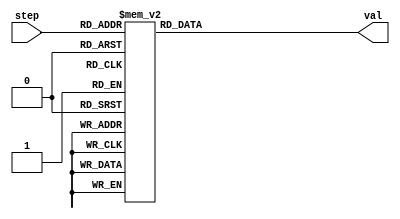
module Sine_LUT ( step, val );
	input [9:0] step;
	output reg [9:0] val;
	always @ (step) begin
		case (step)
			10'd0: val <= 10'd1023;
			10'd1: val <= 10'd1029;
			10'd2: val <= 10'd1036;
			10'd3: val <= 10'd1042;
			10'd4: val <= 10'd1048;
			10'd5: val <= 10'd1054;
			10'd6: val <= 10'd1061;
			10'd7: val <= 10'd1067;
			10'd8: val <= 10'd1073;
			10'd9: val <= 10'd1079;
			10'd10: val <= 10'd1086;
			10'd11: val <= 10'd1092;
			10'd12: val <= 10'd1098;
			10'd13: val <= 10'd1105;
			10'd14: val <= 10'd1111;
			10'd15: val <= 10'd1117;
			10'd16: val <= 10'd1123;
			10'd17: val <= 10'd1130;
			10'd18: val <= 10'd1136;
			10'd19: val <= 10'd1142;
			10'd20: val <= 10'd1148;
			10'd21: val <= 10'd1154;
			10'd22: val <= 10'd1161;
			10'd23: val <= 10'd1167;
			10'd24: val <= 10'd1173;
			10'd25: val <= 10'd1179;
			10'd26: val <= 10'd1186;
			10'd27: val <= 10'd1192;
			10'd28: val <= 10'd1198;
			10'd29: val <= 10'd1204;
			10'd30: val <= 10'd1210;
			10'd31: val <= 10'd1216;
			10'd32: val <= 10'd1223;
			10'd33: val <= 10'd1229;
			10'd34: val <= 10'd1235;
			10'd35: val <= 10'd1241;
			10'd36: val <= 10'd1247;
			10'd37: val <= 10'd1253;
			10'd38: val <= 10'd1259;
			10'd39: val <= 10'd1265;
			10'd40: val <= 10'd1272;
			10'd41: val <= 10'd1278;
			10'd42: val <= 10'd1284;
			10'd43: val <= 10'd1290;
			10'd44: val <= 10'd1296;
			10'd45: val <= 10'd1302;
			10'd46: val <= 10'd1308;
			10'd47: val <= 10'd1314;
			10'd48: val <= 10'd1320;
			10'd49: val <= 10'd1326;
			10'd50: val <= 10'd1332;
			10'd51: val <= 10'd1338;
			10'd52: val <= 10'd1344;
			10'd53: val <= 10'd1350;
			10'd54: val <= 10'd1356;
			10'd55: val <= 10'd1362;
			10'd56: val <= 10'd1368;
			10'd57: val <= 10'd1374;
			10'd58: val <= 10'd1379;
			10'd59: val <= 10'd1385;
			10'd60: val <= 10'd1391;
			10'd61: val <= 10'd1397;
			10'd62: val <= 10'd1403;
			10'd63: val <= 10'd1409;
			10'd64: val <= 10'd1414;
			10'd65: val <= 10'd1420;
			10'd66: val <= 10'd1426;
			10'd67: val <= 10'd1432;
			10'd68: val <= 10'd1438;
			10'd69: val <= 10'd1443;
			10'd70: val <= 10'd1449;
			10'd71: val <= 10'd1455;
			10'd72: val <= 10'd1460;
			10'd73: val <= 10'd1466;
			10'd74: val <= 10'd1472;
			10'd75: val <= 10'd1477;
			10'd76: val <= 10'd1483;
			10'd77: val <= 10'd1489;
			10'd78: val <= 10'd1494;
			10'd79: val <= 10'd1500;
			10'd80: val <= 10'd1505;
			10'd81: val <= 10'd1511;
			10'd82: val <= 10'd1516;
			10'd83: val <= 10'd1522;
			10'd84: val <= 10'd1527;
			10'd85: val <= 10'd1533;
			10'd86: val <= 10'd1538;
			10'd87: val <= 10'd1544;
			10'd88: val <= 10'd1549;
			10'd89: val <= 10'd1554;
			10'd90: val <= 10'd1560;
			10'd91: val <= 10'd1565;
			10'd92: val <= 10'd1570;
			10'd93: val <= 10'd1576;
			10'd94: val <= 10'd1581;
			10'd95: val <= 10'd1586;
			10'd96: val <= 10'd1591;
			10'd97: val <= 10'd1597;
			10'd98: val <= 10'd1602;
			10'd99: val <= 10'd1607;
			10'd100: val <= 10'd1612;
			10'd101: val <= 10'd1617;
			10'd102: val <= 10'd1622;
			10'd103: val <= 10'd1627;
			10'd104: val <= 10'd1632;
			10'd105: val <= 10'd1637;
			10'd106: val <= 10'd1642;
			10'd107: val <= 10'd1647;
			10'd108: val <= 10'd1652;
			10'd109: val <= 10'd1657;
			10'd110: val <= 10'd1662;
			10'd111: val <= 10'd1667;
			10'd112: val <= 10'd1672;
			10'd113: val <= 10'd1677;
			10'd114: val <= 10'd1682;
			10'd115: val <= 10'd1686;
			10'd116: val <= 10'd1691;
			10'd117: val <= 10'd1696;
			10'd118: val <= 10'd1701;
			10'd119: val <= 10'd1705;
			10'd120: val <= 10'd1710;
			10'd121: val <= 10'd1715;
			10'd122: val <= 10'd1719;
			10'd123: val <= 10'd1724;
			10'd124: val <= 10'd1728;
			10'd125: val <= 10'd1733;
			10'd126: val <= 10'd1737;
			10'd127: val <= 10'd1742;
			10'd128: val <= 10'd1746;
			10'd129: val <= 10'd1751;
			10'd130: val <= 10'd1755;
			10'd131: val <= 10'd1760;
			10'd132: val <= 10'd1764;
			10'd133: val <= 10'd1768;
			10'd134: val <= 10'd1773;
			10'd135: val <= 10'd1777;
			10'd136: val <= 10'd1781;
			10'd137: val <= 10'd1785;
			10'd138: val <= 10'd1789;
			10'd139: val <= 10'd1794;
			10'd140: val <= 10'd1798;
			10'd141: val <= 10'd1802;
			10'd142: val <= 10'd1806;
			10'd143: val <= 10'd1810;
			10'd144: val <= 10'd1814;
			10'd145: val <= 10'd1818;
			10'd146: val <= 10'd1822;
			10'd147: val <= 10'd1826;
			10'd148: val <= 10'd1829;
			10'd149: val <= 10'd1833;
			10'd150: val <= 10'd1837;
			10'd151: val <= 10'd1841;
			10'd152: val <= 10'd1845;
			10'd153: val <= 10'd1848;
			10'd154: val <= 10'd1852;
			10'd155: val <= 10'd1856;
			10'd156: val <= 10'd1859;
			10'd157: val <= 10'd1863;
			10'd158: val <= 10'd1867;
			10'd159: val <= 10'd1870;
			10'd160: val <= 10'd1874;
			10'd161: val <= 10'd1877;
			10'd162: val <= 10'd1881;
			10'd163: val <= 10'd1884;
			10'd164: val <= 10'd1887;
			10'd165: val <= 10'd1891;
			10'd166: val <= 10'd1894;
			10'd167: val <= 10'd1897;
			10'd168: val <= 10'd1900;
			10'd169: val <= 10'd1904;
			10'd170: val <= 10'd1907;
			10'd171: val <= 10'd1910;
			10'd172: val <= 10'd1913;
			10'd173: val <= 10'd1916;
			10'd174: val <= 10'd1919;
			10'd175: val <= 10'd1922;
			10'd176: val <= 10'd1925;
			10'd177: val <= 10'd1928;
			10'd178: val <= 10'd1931;
			10'd179: val <= 10'd1934;
			10'd180: val <= 10'd1937;
			10'd181: val <= 10'd1940;
			10'd182: val <= 10'd1942;
			10'd183: val <= 10'd1945;
			10'd184: val <= 10'd1948;
			10'd185: val <= 10'd1950;
			10'd186: val <= 10'd1953;
			10'd187: val <= 10'd1956;
			10'd188: val <= 10'd1958;
			10'd189: val <= 10'd1961;
			10'd190: val <= 10'd1963;
			10'd191: val <= 10'd1966;
			10'd192: val <= 10'd1968;
			10'd193: val <= 10'd1971;
			10'd194: val <= 10'd1973;
			10'd195: val <= 10'd1975;
			10'd196: val <= 10'd1977;
			10'd197: val <= 10'd1980;
			10'd198: val <= 10'd1982;
			10'd199: val <= 10'd1984;
			10'd200: val <= 10'd1986;
			10'd201: val <= 10'd1988;
			10'd202: val <= 10'd1990;
			10'd203: val <= 10'd1992;
			10'd204: val <= 10'd1994;
			10'd205: val <= 10'd1996;
			10'd206: val <= 10'd1998;
			10'd207: val <= 10'd2000;
			10'd208: val <= 10'd2002;
			10'd209: val <= 10'd2004;
			10'd210: val <= 10'd2006;
			10'd211: val <= 10'd2007;
			10'd212: val <= 10'd2009;
			10'd213: val <= 10'd2011;
			10'd214: val <= 10'd2012;
			10'd215: val <= 10'd2014;
			10'd216: val <= 10'd2015;
			10'd217: val <= 10'd2017;
			10'd218: val <= 10'd2018;
			10'd219: val <= 10'd2020;
			10'd220: val <= 10'd2021;
			10'd221: val <= 10'd2022;
			10'd222: val <= 10'd2024;
			10'd223: val <= 10'd2025;
			10'd224: val <= 10'd2026;
			10'd225: val <= 10'd2028;
			10'd226: val <= 10'd2029;
			10'd227: val <= 10'd2030;
			10'd228: val <= 10'd2031;
			10'd229: val <= 10'd2032;
			10'd230: val <= 10'd2033;
			10'd231: val <= 10'd2034;
			10'd232: val <= 10'd2035;
			10'd233: val <= 10'd2036;
			10'd234: val <= 10'd2037;
			10'd235: val <= 10'd2038;
			10'd236: val <= 10'd2038;
			10'd237: val <= 10'd2039;
			10'd238: val <= 10'd2040;
			10'd239: val <= 10'd2040;
			10'd240: val <= 10'd2041;
			10'd241: val <= 10'd2042;
			10'd242: val <= 10'd2042;
			10'd243: val <= 10'd2043;
			10'd244: val <= 10'd2043;
			10'd245: val <= 10'd2044;
			10'd246: val <= 10'd2044;
			10'd247: val <= 10'd2044;
			10'd248: val <= 10'd2045;
			10'd249: val <= 10'd2045;
			10'd250: val <= 10'd2045;
			10'd251: val <= 10'd2046;
			10'd252: val <= 10'd2046;
			10'd253: val <= 10'd2046;
			10'd254: val <= 10'd2046;
			10'd255: val <= 10'd2046;
			10'd256: val <= 10'd2046;
			10'd257: val <= 10'd2046;
			10'd258: val <= 10'd2046;
			10'd259: val <= 10'd2046;
			10'd260: val <= 10'd2046;
			10'd261: val <= 10'd2046;
			10'd262: val <= 10'd2045;
			10'd263: val <= 10'd2045;
			10'd264: val <= 10'd2045;
			10'd265: val <= 10'd2044;
			10'd266: val <= 10'd2044;
			10'd267: val <= 10'd2044;
			10'd268: val <= 10'd2043;
			10'd269: val <= 10'd2043;
			10'd270: val <= 10'd2042;
			10'd271: val <= 10'd2042;
			10'd272: val <= 10'd2041;
			10'd273: val <= 10'd2040;
			10'd274: val <= 10'd2040;
			10'd275: val <= 10'd2039;
			10'd276: val <= 10'd2038;
			10'd277: val <= 10'd2038;
			10'd278: val <= 10'd2037;
			10'd279: val <= 10'd2036;
			10'd280: val <= 10'd2035;
			10'd281: val <= 10'd2034;
			10'd282: val <= 10'd2033;
			10'd283: val <= 10'd2032;
			10'd284: val <= 10'd2031;
			10'd285: val <= 10'd2030;
			10'd286: val <= 10'd2029;
			10'd287: val <= 10'd2028;
			10'd288: val <= 10'd2026;
			10'd289: val <= 10'd2025;
			10'd290: val <= 10'd2024;
			10'd291: val <= 10'd2022;
			10'd292: val <= 10'd2021;
			10'd293: val <= 10'd2020;
			10'd294: val <= 10'd2018;
			10'd295: val <= 10'd2017;
			10'd296: val <= 10'd2015;
			10'd297: val <= 10'd2014;
			10'd298: val <= 10'd2012;
			10'd299: val <= 10'd2011;
			10'd300: val <= 10'd2009;
			10'd301: val <= 10'd2007;
			10'd302: val <= 10'd2006;
			10'd303: val <= 10'd2004;
			10'd304: val <= 10'd2002;
			10'd305: val <= 10'd2000;
			10'd306: val <= 10'd1998;
			10'd307: val <= 10'd1996;
			10'd308: val <= 10'd1994;
			10'd309: val <= 10'd1992;
			10'd310: val <= 10'd1990;
			10'd311: val <= 10'd1988;
			10'd312: val <= 10'd1986;
			10'd313: val <= 10'd1984;
			10'd314: val <= 10'd1982;
			10'd315: val <= 10'd1980;
			10'd316: val <= 10'd1977;
			10'd317: val <= 10'd1975;
			10'd318: val <= 10'd1973;
			10'd319: val <= 10'd1971;
			10'd320: val <= 10'd1968;
			10'd321: val <= 10'd1966;
			10'd322: val <= 10'd1963;
			10'd323: val <= 10'd1961;
			10'd324: val <= 10'd1958;
			10'd325: val <= 10'd1956;
			10'd326: val <= 10'd1953;
			10'd327: val <= 10'd1950;
			10'd328: val <= 10'd1948;
			10'd329: val <= 10'd1945;
			10'd330: val <= 10'd1942;
			10'd331: val <= 10'd1940;
			10'd332: val <= 10'd1937;
			10'd333: val <= 10'd1934;
			10'd334: val <= 10'd1931;
			10'd335: val <= 10'd1928;
			10'd336: val <= 10'd1925;
			10'd337: val <= 10'd1922;
			10'd338: val <= 10'd1919;
			10'd339: val <= 10'd1916;
			10'd340: val <= 10'd1913;
			10'd341: val <= 10'd1910;
			10'd342: val <= 10'd1907;
			10'd343: val <= 10'd1904;
			10'd344: val <= 10'd1900;
			10'd345: val <= 10'd1897;
			10'd346: val <= 10'd1894;
			10'd347: val <= 10'd1891;
			10'd348: val <= 10'd1887;
			10'd349: val <= 10'd1884;
			10'd350: val <= 10'd1881;
			10'd351: val <= 10'd1877;
			10'd352: val <= 10'd1874;
			10'd353: val <= 10'd1870;
			10'd354: val <= 10'd1867;
			10'd355: val <= 10'd1863;
			10'd356: val <= 10'd1859;
			10'd357: val <= 10'd1856;
			10'd358: val <= 10'd1852;
			10'd359: val <= 10'd1848;
			10'd360: val <= 10'd1845;
			10'd361: val <= 10'd1841;
			10'd362: val <= 10'd1837;
			10'd363: val <= 10'd1833;
			10'd364: val <= 10'd1829;
			10'd365: val <= 10'd1826;
			10'd366: val <= 10'd1822;
			10'd367: val <= 10'd1818;
			10'd368: val <= 10'd1814;
			10'd369: val <= 10'd1810;
			10'd370: val <= 10'd1806;
			10'd371: val <= 10'd1802;
			10'd372: val <= 10'd1798;
			10'd373: val <= 10'd1794;
			10'd374: val <= 10'd1789;
			10'd375: val <= 10'd1785;
			10'd376: val <= 10'd1781;
			10'd377: val <= 10'd1777;
			10'd378: val <= 10'd1773;
			10'd379: val <= 10'd1768;
			10'd380: val <= 10'd1764;
			10'd381: val <= 10'd1760;
			10'd382: val <= 10'd1755;
			10'd383: val <= 10'd1751;
			10'd384: val <= 10'd1746;
			10'd385: val <= 10'd1742;
			10'd386: val <= 10'd1737;
			10'd387: val <= 10'd1733;
			10'd388: val <= 10'd1728;
			10'd389: val <= 10'd1724;
			10'd390: val <= 10'd1719;
			10'd391: val <= 10'd1715;
			10'd392: val <= 10'd1710;
			10'd393: val <= 10'd1705;
			10'd394: val <= 10'd1701;
			10'd395: val <= 10'd1696;
			10'd396: val <= 10'd1691;
			10'd397: val <= 10'd1686;
			10'd398: val <= 10'd1682;
			10'd399: val <= 10'd1677;
			10'd400: val <= 10'd1672;
			10'd401: val <= 10'd1667;
			10'd402: val <= 10'd1662;
			10'd403: val <= 10'd1657;
			10'd404: val <= 10'd1652;
			10'd405: val <= 10'd1647;
			10'd406: val <= 10'd1642;
			10'd407: val <= 10'd1637;
			10'd408: val <= 10'd1632;
			10'd409: val <= 10'd1627;
			10'd410: val <= 10'd1622;
			10'd411: val <= 10'd1617;
			10'd412: val <= 10'd1612;
			10'd413: val <= 10'd1607;
			10'd414: val <= 10'd1602;
			10'd415: val <= 10'd1597;
			10'd416: val <= 10'd1591;
			10'd417: val <= 10'd1586;
			10'd418: val <= 10'd1581;
			10'd419: val <= 10'd1576;
			10'd420: val <= 10'd1570;
			10'd421: val <= 10'd1565;
			10'd422: val <= 10'd1560;
			10'd423: val <= 10'd1554;
			10'd424: val <= 10'd1549;
			10'd425: val <= 10'd1544;
			10'd426: val <= 10'd1538;
			10'd427: val <= 10'd1533;
			10'd428: val <= 10'd1527;
			10'd429: val <= 10'd1522;
			10'd430: val <= 10'd1516;
			10'd431: val <= 10'd1511;
			10'd432: val <= 10'd1505;
			10'd433: val <= 10'd1500;
			10'd434: val <= 10'd1494;
			10'd435: val <= 10'd1489;
			10'd436: val <= 10'd1483;
			10'd437: val <= 10'd1477;
			10'd438: val <= 10'd1472;
			10'd439: val <= 10'd1466;
			10'd440: val <= 10'd1460;
			10'd441: val <= 10'd1455;
			10'd442: val <= 10'd1449;
			10'd443: val <= 10'd1443;
			10'd444: val <= 10'd1438;
			10'd445: val <= 10'd1432;
			10'd446: val <= 10'd1426;
			10'd447: val <= 10'd1420;
			10'd448: val <= 10'd1414;
			10'd449: val <= 10'd1409;
			10'd450: val <= 10'd1403;
			10'd451: val <= 10'd1397;
			10'd452: val <= 10'd1391;
			10'd453: val <= 10'd1385;
			10'd454: val <= 10'd1379;
			10'd455: val <= 10'd1374;
			10'd456: val <= 10'd1368;
			10'd457: val <= 10'd1362;
			10'd458: val <= 10'd1356;
			10'd459: val <= 10'd1350;
			10'd460: val <= 10'd1344;
			10'd461: val <= 10'd1338;
			10'd462: val <= 10'd1332;
			10'd463: val <= 10'd1326;
			10'd464: val <= 10'd1320;
			10'd465: val <= 10'd1314;
			10'd466: val <= 10'd1308;
			10'd467: val <= 10'd1302;
			10'd468: val <= 10'd1296;
			10'd469: val <= 10'd1290;
			10'd470: val <= 10'd1284;
			10'd471: val <= 10'd1278;
			10'd472: val <= 10'd1272;
			10'd473: val <= 10'd1265;
			10'd474: val <= 10'd1259;
			10'd475: val <= 10'd1253;
			10'd476: val <= 10'd1247;
			10'd477: val <= 10'd1241;
			10'd478: val <= 10'd1235;
			10'd479: val <= 10'd1229;
			10'd480: val <= 10'd1223;
			10'd481: val <= 10'd1216;
			10'd482: val <= 10'd1210;
			10'd483: val <= 10'd1204;
			10'd484: val <= 10'd1198;
			10'd485: val <= 10'd1192;
			10'd486: val <= 10'd1186;
			10'd487: val <= 10'd1179;
			10'd488: val <= 10'd1173;
			10'd489: val <= 10'd1167;
			10'd490: val <= 10'd1161;
			10'd491: val <= 10'd1154;
			10'd492: val <= 10'd1148;
			10'd493: val <= 10'd1142;
			10'd494: val <= 10'd1136;
			10'd495: val <= 10'd1130;
			10'd496: val <= 10'd1123;
			10'd497: val <= 10'd1117;
			10'd498: val <= 10'd1111;
			10'd499: val <= 10'd1105;
			10'd500: val <= 10'd1098;
			10'd501: val <= 10'd1092;
			10'd502: val <= 10'd1086;
			10'd503: val <= 10'd1079;
			10'd504: val <= 10'd1073;
			10'd505: val <= 10'd1067;
			10'd506: val <= 10'd1061;
			10'd507: val <= 10'd1054;
			10'd508: val <= 10'd1048;
			10'd509: val <= 10'd1042;
			10'd510: val <= 10'd1036;
			10'd511: val <= 10'd1029;
			10'd512: val <= 10'd1023;
			10'd513: val <= 10'd1017;
			10'd514: val <= 10'd1010;
			10'd515: val <= 10'd1004;
			10'd516: val <= 10'd998;
			10'd517: val <= 10'd992;
			10'd518: val <= 10'd985;
			10'd519: val <= 10'd979;
			10'd520: val <= 10'd973;
			10'd521: val <= 10'd967;
			10'd522: val <= 10'd960;
			10'd523: val <= 10'd954;
			10'd524: val <= 10'd948;
			10'd525: val <= 10'd941;
			10'd526: val <= 10'd935;
			10'd527: val <= 10'd929;
			10'd528: val <= 10'd923;
			10'd529: val <= 10'd916;
			10'd530: val <= 10'd910;
			10'd531: val <= 10'd904;
			10'd532: val <= 10'd898;
			10'd533: val <= 10'd892;
			10'd534: val <= 10'd885;
			10'd535: val <= 10'd879;
			10'd536: val <= 10'd873;
			10'd537: val <= 10'd867;
			10'd538: val <= 10'd860;
			10'd539: val <= 10'd854;
			10'd540: val <= 10'd848;
			10'd541: val <= 10'd842;
			10'd542: val <= 10'd836;
			10'd543: val <= 10'd830;
			10'd544: val <= 10'd823;
			10'd545: val <= 10'd817;
			10'd546: val <= 10'd811;
			10'd547: val <= 10'd805;
			10'd548: val <= 10'd799;
			10'd549: val <= 10'd793;
			10'd550: val <= 10'd787;
			10'd551: val <= 10'd781;
			10'd552: val <= 10'd774;
			10'd553: val <= 10'd768;
			10'd554: val <= 10'd762;
			10'd555: val <= 10'd756;
			10'd556: val <= 10'd750;
			10'd557: val <= 10'd744;
			10'd558: val <= 10'd738;
			10'd559: val <= 10'd732;
			10'd560: val <= 10'd726;
			10'd561: val <= 10'd720;
			10'd562: val <= 10'd714;
			10'd563: val <= 10'd708;
			10'd564: val <= 10'd702;
			10'd565: val <= 10'd696;
			10'd566: val <= 10'd690;
			10'd567: val <= 10'd684;
			10'd568: val <= 10'd678;
			10'd569: val <= 10'd672;
			10'd570: val <= 10'd667;
			10'd571: val <= 10'd661;
			10'd572: val <= 10'd655;
			10'd573: val <= 10'd649;
			10'd574: val <= 10'd643;
			10'd575: val <= 10'd637;
			10'd576: val <= 10'd632;
			10'd577: val <= 10'd626;
			10'd578: val <= 10'd620;
			10'd579: val <= 10'd614;
			10'd580: val <= 10'd608;
			10'd581: val <= 10'd603;
			10'd582: val <= 10'd597;
			10'd583: val <= 10'd591;
			10'd584: val <= 10'd586;
			10'd585: val <= 10'd580;
			10'd586: val <= 10'd574;
			10'd587: val <= 10'd569;
			10'd588: val <= 10'd563;
			10'd589: val <= 10'd557;
			10'd590: val <= 10'd552;
			10'd591: val <= 10'd546;
			10'd592: val <= 10'd541;
			10'd593: val <= 10'd535;
			10'd594: val <= 10'd530;
			10'd595: val <= 10'd524;
			10'd596: val <= 10'd519;
			10'd597: val <= 10'd513;
			10'd598: val <= 10'd508;
			10'd599: val <= 10'd502;
			10'd600: val <= 10'd497;
			10'd601: val <= 10'd492;
			10'd602: val <= 10'd486;
			10'd603: val <= 10'd481;
			10'd604: val <= 10'd476;
			10'd605: val <= 10'd470;
			10'd606: val <= 10'd465;
			10'd607: val <= 10'd460;
			10'd608: val <= 10'd455;
			10'd609: val <= 10'd449;
			10'd610: val <= 10'd444;
			10'd611: val <= 10'd439;
			10'd612: val <= 10'd434;
			10'd613: val <= 10'd429;
			10'd614: val <= 10'd424;
			10'd615: val <= 10'd419;
			10'd616: val <= 10'd414;
			10'd617: val <= 10'd409;
			10'd618: val <= 10'd404;
			10'd619: val <= 10'd399;
			10'd620: val <= 10'd394;
			10'd621: val <= 10'd389;
			10'd622: val <= 10'd384;
			10'd623: val <= 10'd379;
			10'd624: val <= 10'd374;
			10'd625: val <= 10'd369;
			10'd626: val <= 10'd364;
			10'd627: val <= 10'd360;
			10'd628: val <= 10'd355;
			10'd629: val <= 10'd350;
			10'd630: val <= 10'd345;
			10'd631: val <= 10'd341;
			10'd632: val <= 10'd336;
			10'd633: val <= 10'd331;
			10'd634: val <= 10'd327;
			10'd635: val <= 10'd322;
			10'd636: val <= 10'd318;
			10'd637: val <= 10'd313;
			10'd638: val <= 10'd309;
			10'd639: val <= 10'd304;
			10'd640: val <= 10'd300;
			10'd641: val <= 10'd295;
			10'd642: val <= 10'd291;
			10'd643: val <= 10'd286;
			10'd644: val <= 10'd282;
			10'd645: val <= 10'd278;
			10'd646: val <= 10'd273;
			10'd647: val <= 10'd269;
			10'd648: val <= 10'd265;
			10'd649: val <= 10'd261;
			10'd650: val <= 10'd257;
			10'd651: val <= 10'd252;
			10'd652: val <= 10'd248;
			10'd653: val <= 10'd244;
			10'd654: val <= 10'd240;
			10'd655: val <= 10'd236;
			10'd656: val <= 10'd232;
			10'd657: val <= 10'd228;
			10'd658: val <= 10'd224;
			10'd659: val <= 10'd220;
			10'd660: val <= 10'd217;
			10'd661: val <= 10'd213;
			10'd662: val <= 10'd209;
			10'd663: val <= 10'd205;
			10'd664: val <= 10'd201;
			10'd665: val <= 10'd198;
			10'd666: val <= 10'd194;
			10'd667: val <= 10'd190;
			10'd668: val <= 10'd187;
			10'd669: val <= 10'd183;
			10'd670: val <= 10'd179;
			10'd671: val <= 10'd176;
			10'd672: val <= 10'd172;
			10'd673: val <= 10'd169;
			10'd674: val <= 10'd165;
			10'd675: val <= 10'd162;
			10'd676: val <= 10'd159;
			10'd677: val <= 10'd155;
			10'd678: val <= 10'd152;
			10'd679: val <= 10'd149;
			10'd680: val <= 10'd146;
			10'd681: val <= 10'd142;
			10'd682: val <= 10'd139;
			10'd683: val <= 10'd136;
			10'd684: val <= 10'd133;
			10'd685: val <= 10'd130;
			10'd686: val <= 10'd127;
			10'd687: val <= 10'd124;
			10'd688: val <= 10'd121;
			10'd689: val <= 10'd118;
			10'd690: val <= 10'd115;
			10'd691: val <= 10'd112;
			10'd692: val <= 10'd109;
			10'd693: val <= 10'd106;
			10'd694: val <= 10'd104;
			10'd695: val <= 10'd101;
			10'd696: val <= 10'd98;
			10'd697: val <= 10'd96;
			10'd698: val <= 10'd93;
			10'd699: val <= 10'd90;
			10'd700: val <= 10'd88;
			10'd701: val <= 10'd85;
			10'd702: val <= 10'd83;
			10'd703: val <= 10'd80;
			10'd704: val <= 10'd78;
			10'd705: val <= 10'd75;
			10'd706: val <= 10'd73;
			10'd707: val <= 10'd71;
			10'd708: val <= 10'd69;
			10'd709: val <= 10'd66;
			10'd710: val <= 10'd64;
			10'd711: val <= 10'd62;
			10'd712: val <= 10'd60;
			10'd713: val <= 10'd58;
			10'd714: val <= 10'd56;
			10'd715: val <= 10'd54;
			10'd716: val <= 10'd52;
			10'd717: val <= 10'd50;
			10'd718: val <= 10'd48;
			10'd719: val <= 10'd46;
			10'd720: val <= 10'd44;
			10'd721: val <= 10'd42;
			10'd722: val <= 10'd40;
			10'd723: val <= 10'd39;
			10'd724: val <= 10'd37;
			10'd725: val <= 10'd35;
			10'd726: val <= 10'd34;
			10'd727: val <= 10'd32;
			10'd728: val <= 10'd31;
			10'd729: val <= 10'd29;
			10'd730: val <= 10'd28;
			10'd731: val <= 10'd26;
			10'd732: val <= 10'd25;
			10'd733: val <= 10'd24;
			10'd734: val <= 10'd22;
			10'd735: val <= 10'd21;
			10'd736: val <= 10'd20;
			10'd737: val <= 10'd18;
			10'd738: val <= 10'd17;
			10'd739: val <= 10'd16;
			10'd740: val <= 10'd15;
			10'd741: val <= 10'd14;
			10'd742: val <= 10'd13;
			10'd743: val <= 10'd12;
			10'd744: val <= 10'd11;
			10'd745: val <= 10'd10;
			10'd746: val <= 10'd9;
			10'd747: val <= 10'd8;
			10'd748: val <= 10'd8;
			10'd749: val <= 10'd7;
			10'd750: val <= 10'd6;
			10'd751: val <= 10'd6;
			10'd752: val <= 10'd5;
			10'd753: val <= 10'd4;
			10'd754: val <= 10'd4;
			10'd755: val <= 10'd3;
			10'd756: val <= 10'd3;
			10'd757: val <= 10'd2;
			10'd758: val <= 10'd2;
			10'd759: val <= 10'd2;
			10'd760: val <= 10'd1;
			10'd761: val <= 10'd1;
			10'd762: val <= 10'd1;
			10'd763: val <= 10'd0;
			10'd764: val <= 10'd0;
			10'd765: val <= 10'd0;
			10'd766: val <= 10'd0;
			10'd767: val <= 10'd0;
			10'd768: val <= 10'd0;
			10'd769: val <= 10'd0;
			10'd770: val <= 10'd0;
			10'd771: val <= 10'd0;
			10'd772: val <= 10'd0;
			10'd773: val <= 10'd0;
			10'd774: val <= 10'd1;
			10'd775: val <= 10'd1;
			10'd776: val <= 10'd1;
			10'd777: val <= 10'd2;
			10'd778: val <= 10'd2;
			10'd779: val <= 10'd2;
			10'd780: val <= 10'd3;
			10'd781: val <= 10'd3;
			10'd782: val <= 10'd4;
			10'd783: val <= 10'd4;
			10'd784: val <= 10'd5;
			10'd785: val <= 10'd6;
			10'd786: val <= 10'd6;
			10'd787: val <= 10'd7;
			10'd788: val <= 10'd8;
			10'd789: val <= 10'd8;
			10'd790: val <= 10'd9;
			10'd791: val <= 10'd10;
			10'd792: val <= 10'd11;
			10'd793: val <= 10'd12;
			10'd794: val <= 10'd13;
			10'd795: val <= 10'd14;
			10'd796: val <= 10'd15;
			10'd797: val <= 10'd16;
			10'd798: val <= 10'd17;
			10'd799: val <= 10'd18;
			10'd800: val <= 10'd20;
			10'd801: val <= 10'd21;
			10'd802: val <= 10'd22;
			10'd803: val <= 10'd24;
			10'd804: val <= 10'd25;
			10'd805: val <= 10'd26;
			10'd806: val <= 10'd28;
			10'd807: val <= 10'd29;
			10'd808: val <= 10'd31;
			10'd809: val <= 10'd32;
			10'd810: val <= 10'd34;
			10'd811: val <= 10'd35;
			10'd812: val <= 10'd37;
			10'd813: val <= 10'd39;
			10'd814: val <= 10'd40;
			10'd815: val <= 10'd42;
			10'd816: val <= 10'd44;
			10'd817: val <= 10'd46;
			10'd818: val <= 10'd48;
			10'd819: val <= 10'd50;
			10'd820: val <= 10'd52;
			10'd821: val <= 10'd54;
			10'd822: val <= 10'd56;
			10'd823: val <= 10'd58;
			10'd824: val <= 10'd60;
			10'd825: val <= 10'd62;
			10'd826: val <= 10'd64;
			10'd827: val <= 10'd66;
			10'd828: val <= 10'd69;
			10'd829: val <= 10'd71;
			10'd830: val <= 10'd73;
			10'd831: val <= 10'd75;
			10'd832: val <= 10'd78;
			10'd833: val <= 10'd80;
			10'd834: val <= 10'd83;
			10'd835: val <= 10'd85;
			10'd836: val <= 10'd88;
			10'd837: val <= 10'd90;
			10'd838: val <= 10'd93;
			10'd839: val <= 10'd96;
			10'd840: val <= 10'd98;
			10'd841: val <= 10'd101;
			10'd842: val <= 10'd104;
			10'd843: val <= 10'd106;
			10'd844: val <= 10'd109;
			10'd845: val <= 10'd112;
			10'd846: val <= 10'd115;
			10'd847: val <= 10'd118;
			10'd848: val <= 10'd121;
			10'd849: val <= 10'd124;
			10'd850: val <= 10'd127;
			10'd851: val <= 10'd130;
			10'd852: val <= 10'd133;
			10'd853: val <= 10'd136;
			10'd854: val <= 10'd139;
			10'd855: val <= 10'd142;
			10'd856: val <= 10'd146;
			10'd857: val <= 10'd149;
			10'd858: val <= 10'd152;
			10'd859: val <= 10'd155;
			10'd860: val <= 10'd159;
			10'd861: val <= 10'd162;
			10'd862: val <= 10'd165;
			10'd863: val <= 10'd169;
			10'd864: val <= 10'd172;
			10'd865: val <= 10'd176;
			10'd866: val <= 10'd179;
			10'd867: val <= 10'd183;
			10'd868: val <= 10'd187;
			10'd869: val <= 10'd190;
			10'd870: val <= 10'd194;
			10'd871: val <= 10'd198;
			10'd872: val <= 10'd201;
			10'd873: val <= 10'd205;
			10'd874: val <= 10'd209;
			10'd875: val <= 10'd213;
			10'd876: val <= 10'd217;
			10'd877: val <= 10'd220;
			10'd878: val <= 10'd224;
			10'd879: val <= 10'd228;
			10'd880: val <= 10'd232;
			10'd881: val <= 10'd236;
			10'd882: val <= 10'd240;
			10'd883: val <= 10'd244;
			10'd884: val <= 10'd248;
			10'd885: val <= 10'd252;
			10'd886: val <= 10'd257;
			10'd887: val <= 10'd261;
			10'd888: val <= 10'd265;
			10'd889: val <= 10'd269;
			10'd890: val <= 10'd273;
			10'd891: val <= 10'd278;
			10'd892: val <= 10'd282;
			10'd893: val <= 10'd286;
			10'd894: val <= 10'd291;
			10'd895: val <= 10'd295;
			10'd896: val <= 10'd300;
			10'd897: val <= 10'd304;
			10'd898: val <= 10'd309;
			10'd899: val <= 10'd313;
			10'd900: val <= 10'd318;
			10'd901: val <= 10'd322;
			10'd902: val <= 10'd327;
			10'd903: val <= 10'd331;
			10'd904: val <= 10'd336;
			10'd905: val <= 10'd341;
			10'd906: val <= 10'd345;
			10'd907: val <= 10'd350;
			10'd908: val <= 10'd355;
			10'd909: val <= 10'd360;
			10'd910: val <= 10'd364;
			10'd911: val <= 10'd369;
			10'd912: val <= 10'd374;
			10'd913: val <= 10'd379;
			10'd914: val <= 10'd384;
			10'd915: val <= 10'd389;
			10'd916: val <= 10'd394;
			10'd917: val <= 10'd399;
			10'd918: val <= 10'd404;
			10'd919: val <= 10'd409;
			10'd920: val <= 10'd414;
			10'd921: val <= 10'd419;
			10'd922: val <= 10'd424;
			10'd923: val <= 10'd429;
			10'd924: val <= 10'd434;
			10'd925: val <= 10'd439;
			10'd926: val <= 10'd444;
			10'd927: val <= 10'd449;
			10'd928: val <= 10'd455;
			10'd929: val <= 10'd460;
			10'd930: val <= 10'd465;
			10'd931: val <= 10'd470;
			10'd932: val <= 10'd476;
			10'd933: val <= 10'd481;
			10'd934: val <= 10'd486;
			10'd935: val <= 10'd492;
			10'd936: val <= 10'd497;
			10'd937: val <= 10'd502;
			10'd938: val <= 10'd508;
			10'd939: val <= 10'd513;
			10'd940: val <= 10'd519;
			10'd941: val <= 10'd524;
			10'd942: val <= 10'd530;
			10'd943: val <= 10'd535;
			10'd944: val <= 10'd541;
			10'd945: val <= 10'd546;
			10'd946: val <= 10'd552;
			10'd947: val <= 10'd557;
			10'd948: val <= 10'd563;
			10'd949: val <= 10'd569;
			10'd950: val <= 10'd574;
			10'd951: val <= 10'd580;
			10'd952: val <= 10'd586;
			10'd953: val <= 10'd591;
			10'd954: val <= 10'd597;
			10'd955: val <= 10'd603;
			10'd956: val <= 10'd608;
			10'd957: val <= 10'd614;
			10'd958: val <= 10'd620;
			10'd959: val <= 10'd626;
			10'd960: val <= 10'd632;
			10'd961: val <= 10'd637;
			10'd962: val <= 10'd643;
			10'd963: val <= 10'd649;
			10'd964: val <= 10'd655;
			10'd965: val <= 10'd661;
			10'd966: val <= 10'd667;
			10'd967: val <= 10'd672;
			10'd968: val <= 10'd678;
			10'd969: val <= 10'd684;
			10'd970: val <= 10'd690;
			10'd971: val <= 10'd696;
			10'd972: val <= 10'd702;
			10'd973: val <= 10'd708;
			10'd974: val <= 10'd714;
			10'd975: val <= 10'd720;
			10'd976: val <= 10'd726;
			10'd977: val <= 10'd732;
			10'd978: val <= 10'd738;
			10'd979: val <= 10'd744;
			10'd980: val <= 10'd750;
			10'd981: val <= 10'd756;
			10'd982: val <= 10'd762;
			10'd983: val <= 10'd768;
			10'd984: val <= 10'd774;
			10'd985: val <= 10'd781;
			10'd986: val <= 10'd787;
			10'd987: val <= 10'd793;
			10'd988: val <= 10'd799;
			10'd989: val <= 10'd805;
			10'd990: val <= 10'd811;
			10'd991: val <= 10'd817;
			10'd992: val <= 10'd823;
			10'd993: val <= 10'd830;
			10'd994: val <= 10'd836;
			10'd995: val <= 10'd842;
			10'd996: val <= 10'd848;
			10'd997: val <= 10'd854;
			10'd998: val <= 10'd860;
			10'd999: val <= 10'd867;
			10'd1000: val <= 10'd873;
			10'd1001: val <= 10'd879;
			10'd1002: val <= 10'd885;
			10'd1003: val <= 10'd892;
			10'd1004: val <= 10'd898;
			10'd1005: val <= 10'd904;
			10'd1006: val <= 10'd910;
			10'd1007: val <= 10'd916;
			10'd1008: val <= 10'd923;
			10'd1009: val <= 10'd929;
			10'd1010: val <= 10'd935;
			10'd1011: val <= 10'd941;
			10'd1012: val <= 10'd948;
			10'd1013: val <= 10'd954;
			10'd1014: val <= 10'd960;
			10'd1015: val <= 10'd967;
			10'd1016: val <= 10'd973;
			10'd1017: val <= 10'd979;
			10'd1018: val <= 10'd985;
			10'd1019: val <= 10'd992;
			10'd1020: val <= 10'd998;
			10'd1021: val <= 10'd1004;
			10'd1022: val <= 10'd1010;
			10'd1023: val <= 10'd1017;
		endcase
	end
endmodule
module Sine_LUT_TEST ( );
	reg [10:0] step;
	wire [10:0] val;
	Sine_LUT UUT (step, val);
	initial begin
		$dumpvars;
		step <= 0;
		#100
		repeat (9) begin
			#10 step <= step + 1;
		end
	end
endmodule